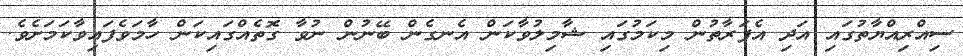
ސިއްރިއްޔާތުގައި އަދި އެފަރާތުން މިކަމުގައި ޝާމިލުވާކަން އެނގެން ބޭނުން ނުވާ ގޮތެއްގައިކަން ހާމަވެފައިވާކަމަށެވެ.